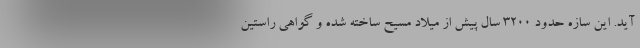
آید. این سازه حدود ۳۲۰۰ سال پیش از میلاد مسیح ساخته شده و گواهی راستین